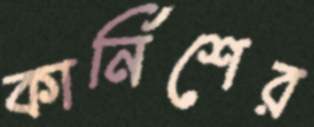
কার্নিশের